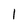
Character: I